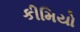
કીમિયો